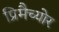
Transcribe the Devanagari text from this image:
प्रिमैच्योर